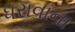
ધરાવાના